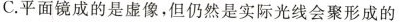
C.平面镜成的是虚像，但仍然是实际光线会聚形成的